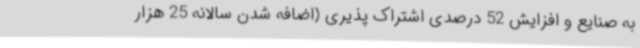
به صنایع و افزایش 52 درصدی اشتراک پذیری (اضافه شدن سالانه 25 هزار